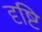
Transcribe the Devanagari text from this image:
दृष्टि